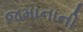
જમાનાની